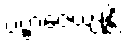
ပဗ္ဗာဇေယျုန္တိ